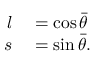
\begin{array} { r l } { l } & { { } = \cos \bar { \theta } } \\ { s } & { { } = \sin \bar { \theta } . } \end{array}